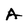
Character: A